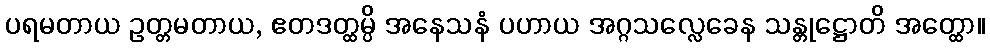
ပရမတာယ ဥတ္တမတာယ, ဧတဒတ္ထမ္ပိ အနေသနံ ပဟာယ အဂ္ဂသလ္လေခေန သန္တုဋ္ဌောတိ အတ္ထော။